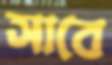
সাবে